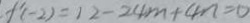
f ^ { \prime } ( - 2 ) = 1 2 - 2 4 m + 4 n = 0